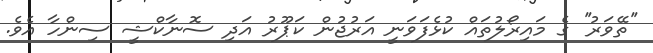
''ތޭވަރު'' ގެ މައިރޯލުތައް ކުޅެފަވަނީ އަރުޖުން ކަޕޫރު އަދި ސޮނާކްޝީ ސިންހާ އެވެ.